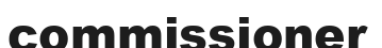
commissioner